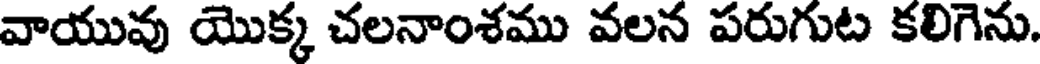
వాయువు యొక్క చలనాంశము వలన పరుగుట కలిగెను.